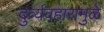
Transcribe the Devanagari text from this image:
दुर्व्यवहारामुळे